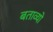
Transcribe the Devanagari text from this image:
बताव्यो